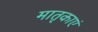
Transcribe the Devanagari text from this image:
मातृकाएं